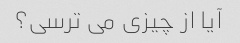
آیا از چیزی می ترسی؟